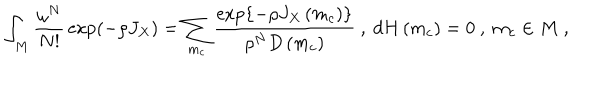
\int _ { M } { \frac { \omega ^ { N } } { N ! } } \exp \left( - \rho J _ { X } \right) = \sum _ { m _ { c } } { \frac { \exp \left\{ - \rho J _ { X } \left( m _ { c } \right) \right\} } { \rho ^ { N } D \left( m _ { c } \right) } } \ , \ d H \left( m _ { c } \right) = 0 \ , \ m _ { c } \in M \ ,